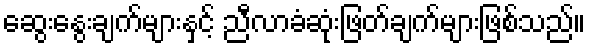
ဆွေးနွေးချက်များနှင့် ညီလာခံဆုံးဖြတ်ချက်များဖြစ်သည်။